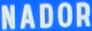
NADOR